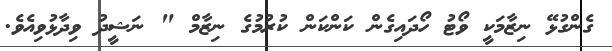
ގެންގުޅޭ ނިޒާމަކީ ވޯޓު ހޯދައިގެން ކަންކަން ކުރުމުގެ ނިޒާމް " ނަޝީދު ވިދާޅުވިއެވެ.